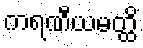
ကရဏီယမတ္ထိ